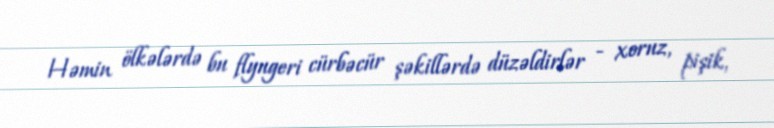
Həmin ölkələrdə bu flyugeri cürbəcür şəkillərdə düzəldirlər - xoruz, pişik,